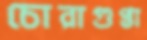
চোরাগুপ্তা